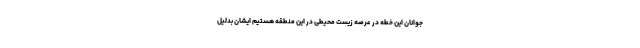
جوانان این خطه در عرصه زیست محیطی در این منطقه هستیم ایشان بدلیل